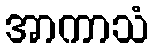
အာကာသံ